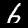
Label: 6